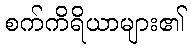
စက်ကိရိယာများ၏